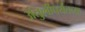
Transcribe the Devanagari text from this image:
अंतुर्लीपर्यंतच्या